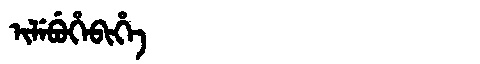
Manchu: ᡳᠯᡝᠪᡠᡥᡝᠪᡳᡥᡝ
Romanization: ILEBUHEBIHE